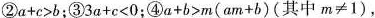
②a+c>b；③3α+c<0；④a+b>m(am+b)(其中m≠1)，